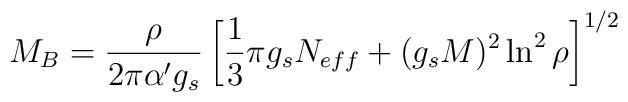
M_B = \frac{\rho}{2\pi \alpha' g_s} \left[ \frac{1}{3}\pi g_sN_{eff} + (g_sM)^2\ln^2\rho \right]^{1/2}